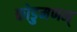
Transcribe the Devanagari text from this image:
कोडुमणम्